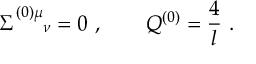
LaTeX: \Sigma _ { \quad \ \nu } ^ { ( 0 ) \mu } = 0 \ , \qquad Q ^ { ( 0 ) } = { \frac { 4 } { l } } \ .